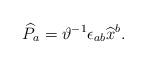
LaTeX: \begin{align*}\widehat{P}_{a}=\vartheta ^{-1}\epsilon _{ab}\widehat{x}^{b}. \end{align*}